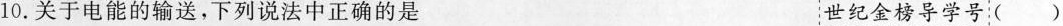
10.关于电能的输送，下列说法中正确的是 世纪金榜导学号( )